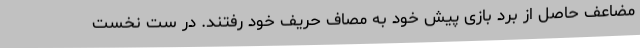
مضاعف حاصل از برد بازی پیش خود به مصاف حریف خود رفتند. در ست نخست